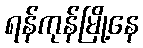
ရန်ကုန်မြို့နေ